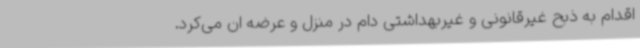
اقدام به ذبح غیرقانونی و غیربهداشتی دام در منزل و عرضه ان می‌کرد.